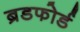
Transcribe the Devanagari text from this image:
ब्रडफोर्ड